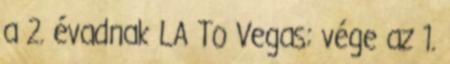
a 2. évadnak LA To Vegas: vége az 1.